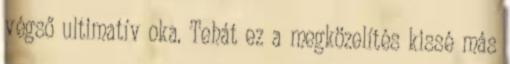
végső ultimatív oka. Tehát ez a megközelítés kissé más